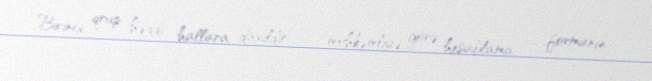
Birinci qrup həddi hallara daxildir: — möhkəmliyə görə hesablama; — formanın